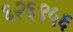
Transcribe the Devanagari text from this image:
६२६९५६